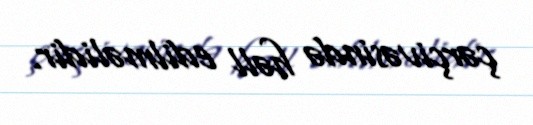
çərçivəsində həll edilməlidir.